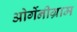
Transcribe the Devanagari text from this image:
ओर्गेनीग्राम